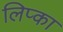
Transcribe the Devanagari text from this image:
लिप्का